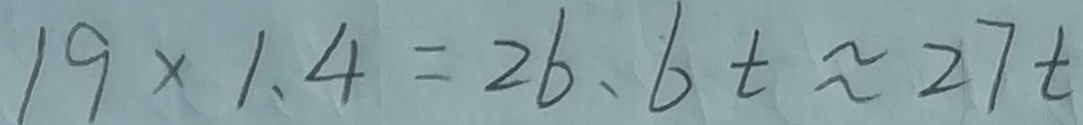
1 9 \times 1 . 4 = 2 6 . 6 t \approx 2 7 t